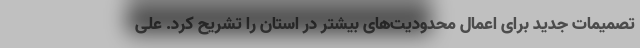
تصمیمات جدید برای اعمال محدودیت‌های بیشتر در استان را تشریح کرد. علی